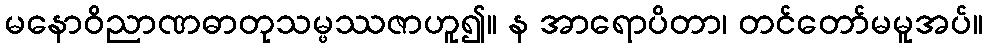
မနောဝိညာဏဓာတုသမ္ဖဿဇာဟူ၍။ န အာရောပိတာ၊ တင်တော်မမူအပ်။